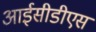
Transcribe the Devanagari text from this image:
आईसीडीएस